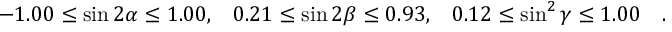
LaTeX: - 1 . 0 0 \leq \sin 2 \alpha \leq 1 . 0 0 , \; \; \; 0 . 2 1 \leq \sin 2 \beta \leq 0 . 9 3 , \; \; \; 0 . 1 2 \leq \sin ^ { 2 } \gamma \leq 1 . 0 0 ~ ~ ~ .